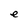
Character: e